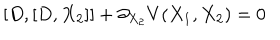
LaTeX: [ D , [ D , X _ { 2 } ] ] + \partial _ { X _ { 2 } } V ( X _ { 1 } , X _ { 2 } ) = 0